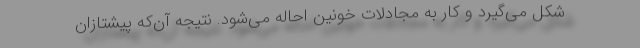
شکل می‌گیرد و کار به مجادلات خونین احاله می‌شود. نتیجه آن‌که پیشتازان